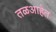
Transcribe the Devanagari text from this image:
तळआहेत